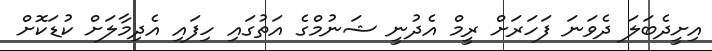
އިށީދެބަލަ ދެވަނަ ފަހަރަށް ރީމް އެދުނީ ޝަނުމްގެ އަތުގައި ހިފައި އެދިމާލަށް ކުޑަކޮށް